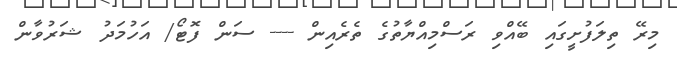
މިރޭ ތިލަފުށީގައި ބޭއްވި ރަސްމިއްޔާތުގެ ތެރެއިން ---- ސަން ފޮޓޯ/ އަހުމަދު ޝަރުވާން